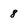
Character: 8